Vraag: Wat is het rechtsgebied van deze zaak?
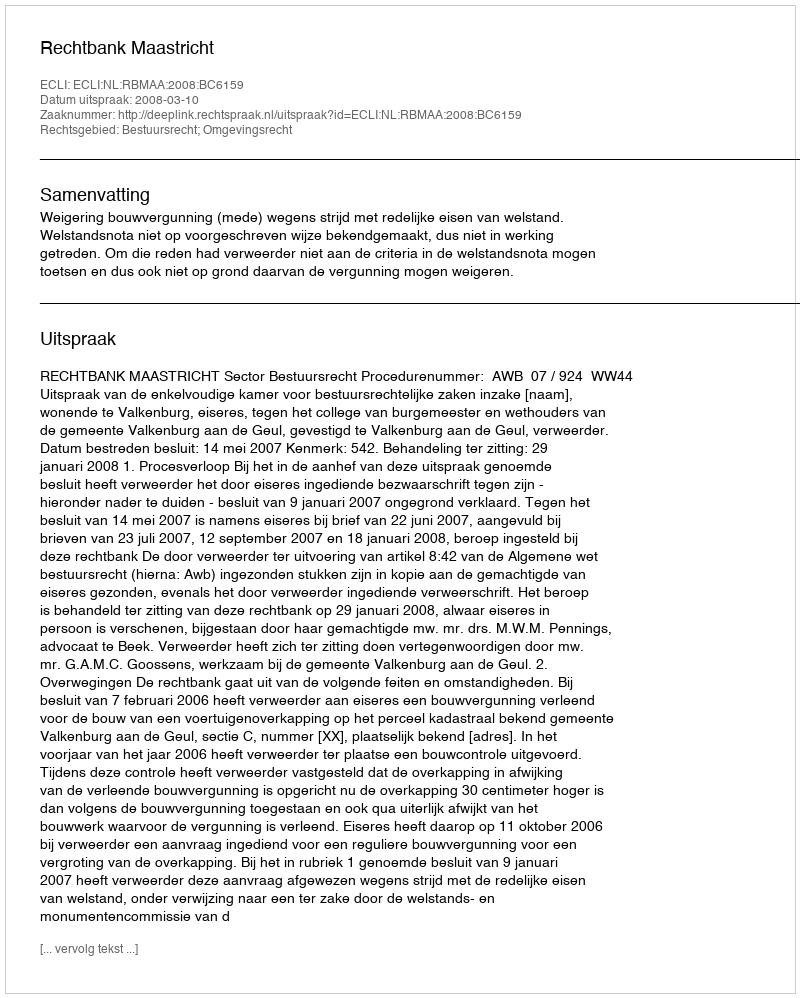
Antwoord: Bestuursrecht; Omgevingsrecht